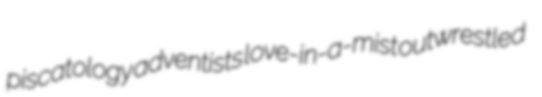
piscatology adventists love-in-a-mist outwrestled